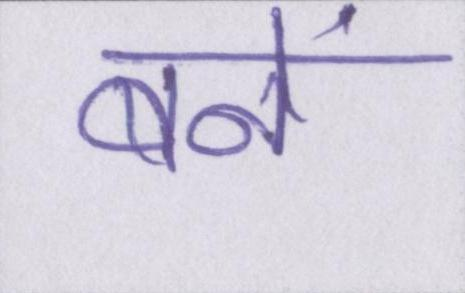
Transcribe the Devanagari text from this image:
बनें